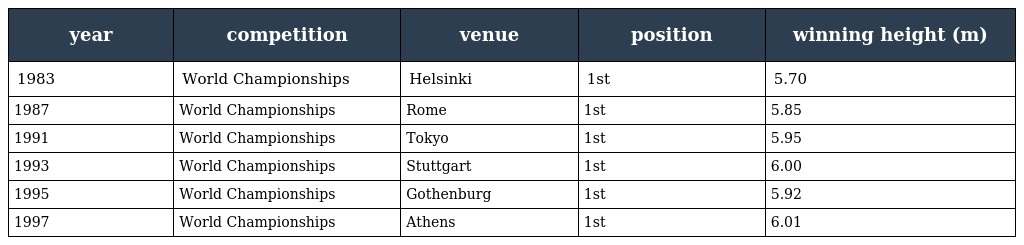
| year | competition | venue | position | winning height (m) |
 | --- | --- | --- | --- | --- |
 | 1983 | World Championships | Helsinki | 1st | 5.70 |
 | 1987 | World Championships | Rome | 1st | 5.85 |
 | 1991 | World Championships | Tokyo | 1st | 5.95 |
 | 1993 | World Championships | Stuttgart | 1st | 6.00 |
 | 1995 | World Championships | Gothenburg | 1st | 5.92 |
 | 1997 | World Championships | Athens | 1st | 6.01 |